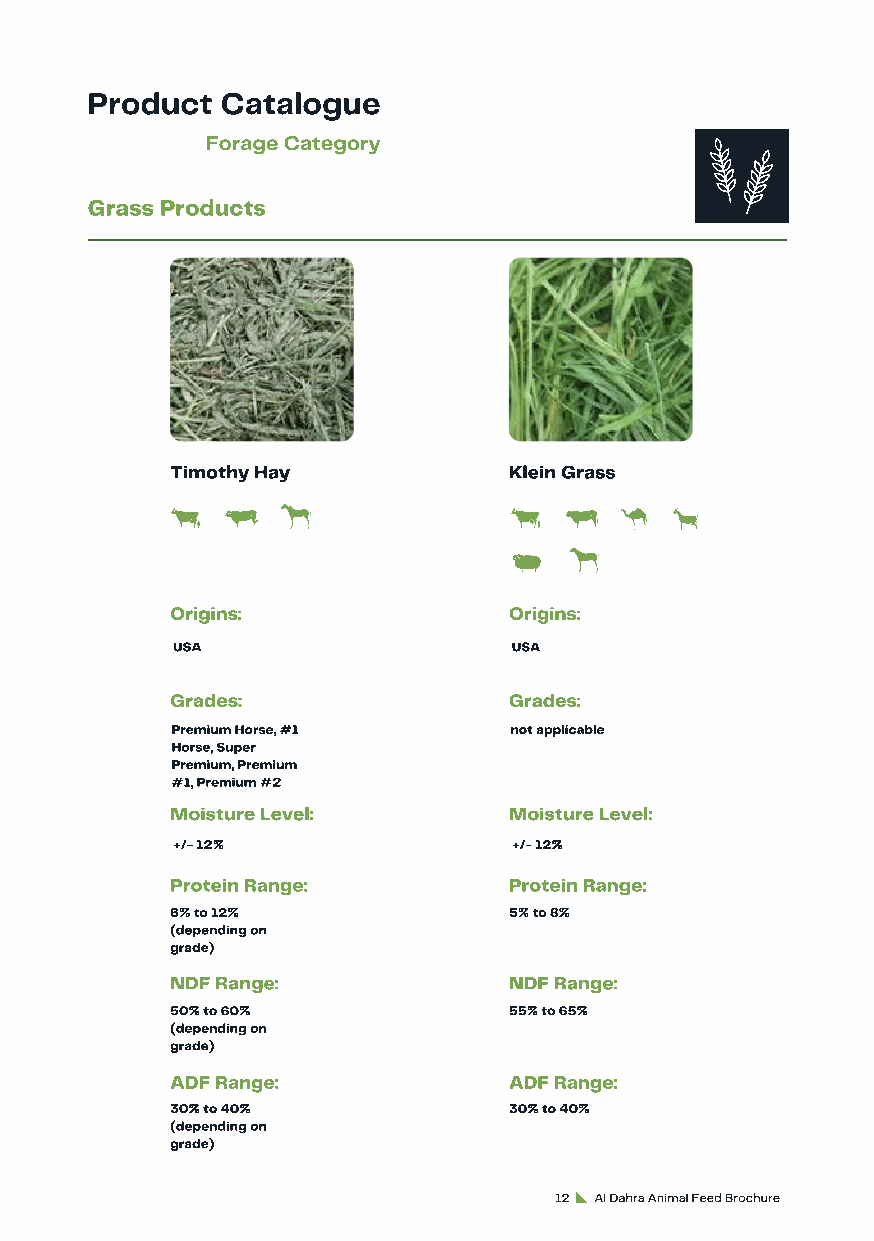
Product  Catalogue
 Forage Category
 Grass Products
 Timothy Hay            Klein Grass
 Origins:               Origins:
 USA                    USA
 Grades:                Grades:
 Premium Horse, #1      not applicable
 Horse, Super
 Premium, Premium
 #1, Premium #2
 Moisture Level:        Moisture Level:
 +/- 12%                +/- 12%
 Protein Range:         Protein Range:
 6% to 12%              5% to 8%
 (depending on
 grade)
 NDF Range:             NDF Range:
 50% to 60%             55% to 65%
 (depending on
 grade)
 ADF Range:             ADF Range:
 30% to 40%             30% to 40%
 (depending on
 grade)
 12 Al Dahra Animal Feed Brochure